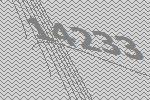
14233